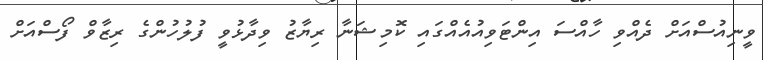
ވީނިއުސްއަށް ދެއްވި ހާއްސަ އިންޓަވިއުއެއްގައި ކޮމިޝަނާ ރިޔާޒު ވިދާޅުވީ ފުލުހުންގެ ރިޒާވް ފޯސްއަށް